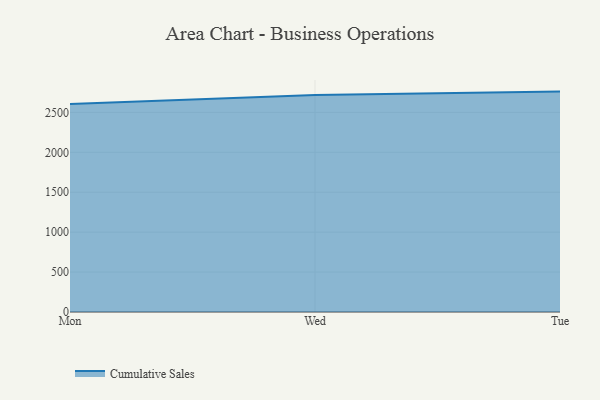
{"axis": {"x": "Day", "y": "Population (Million)"}, "legend": ["Cumulative Sales"], "data": [{"x": "Mon", "y": 2603.7, "type": "Cumulative Sales"}, {"x": "Wed", "y": 2718.9, "type": "Cumulative Sales"}, {"x": "Tue", "y": 2760.1, "type": "Cumulative Sales"}]}